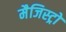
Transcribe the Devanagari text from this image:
मैजिस्ट्रो